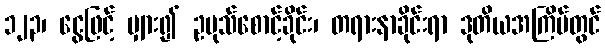
၁၂၃၊ ငွေဖြင့် မျှား၍ ဥပုသ်စောင့်ခိုင်း၊ တရားနာခိုင်းရာ ဒုတိယအကြိမ်တွင်